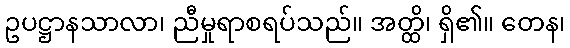
ဥပဋ္ဌာနသာလာ၊ ညီမှုရာစရပ်သည်။ အတ္ထိ၊ ရှိ၏။ တေန၊